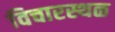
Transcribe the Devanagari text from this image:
विचारस्थळ